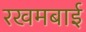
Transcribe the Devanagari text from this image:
रखमबाई